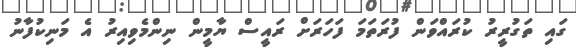
ގައި ތަގުރީރު ކުރައްވަން ފުރަތަމަ ފަހަރަށް ރައީސް ޔާމީން ނިންމެވިއިރު އެ މަނިކުފާނު